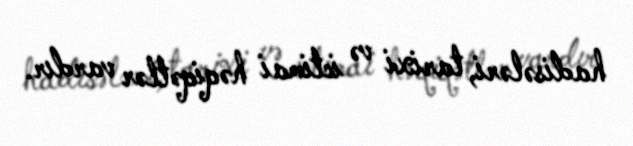
hadisələri, tarixi və ictimai həqiqətlər vardır.